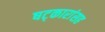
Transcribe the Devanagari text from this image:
षट्कारांसह